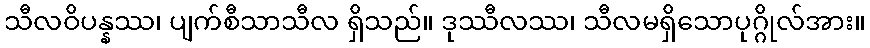
သီလဝိပန္နဿ၊ ပျက်စီသာသီလ ရှိသည်။ ဒုဿီလဿ၊ သီလမရှိသောပုဂ္ဂိုလ်အား။